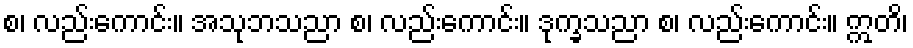
စ၊ လည်းကောင်း။ အသုဘသညာ စ၊ လည်းကောင်း။ ဒုက္ခသညာ စ၊ လည်းကောင်း။ ဣတိ၊